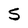
Character: S